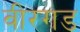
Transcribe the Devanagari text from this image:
वीरगड